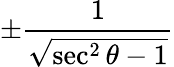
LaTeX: \pm{\frac{1}{\sqrt{\sec^{2}\theta-1}}}